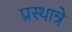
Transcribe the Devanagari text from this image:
प्रस्थान्रे